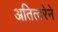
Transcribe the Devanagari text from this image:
अतित्वरेने